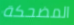
المضحكة